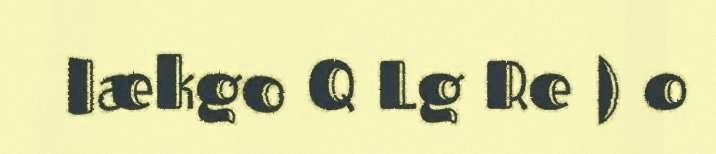
lækgo Q Lg Re ) o